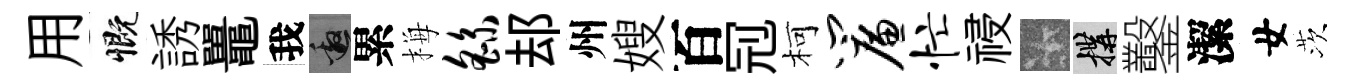
用慨誘鼉我邀累梅繇𨚫州嫂百𠜍柯帘忙祲卡構鑿潔女茨